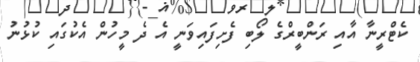
ކެޓްރީނާ އާއި ރަންބީރްގެ ލޯބި ފެށިފައިވަނީ އެ ދެ މީހުން އެކުގައި ކުޅުނު